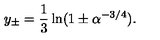
y _ { \pm } = \frac { 1 } { 3 } \ln ( 1 \pm \alpha ^ { - 3 / 4 } ) .